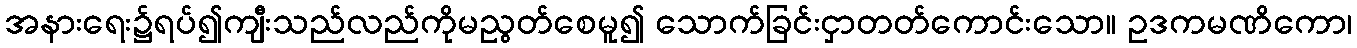
အနားရေး၌ရပ်၍ကျီးသည်လည်ကိုမညွတ်စေမူ၍ သောက်ခြင်းငှာတတ်ကောင်းသော။ ဥဒကမဏိကော၊